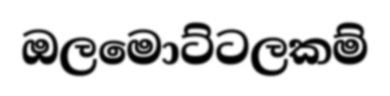
ඔලමොට්ටලකම්